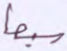
سبعا